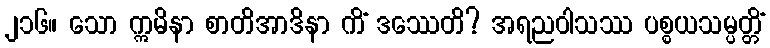
၂၁၆။ သော ဣမိနာ စာတိအာဒိနာ ကိံ ဒဿေတိ? အရညဝါသဿ ပစ္စယသမ္ပတ္တိံ